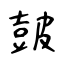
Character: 皷